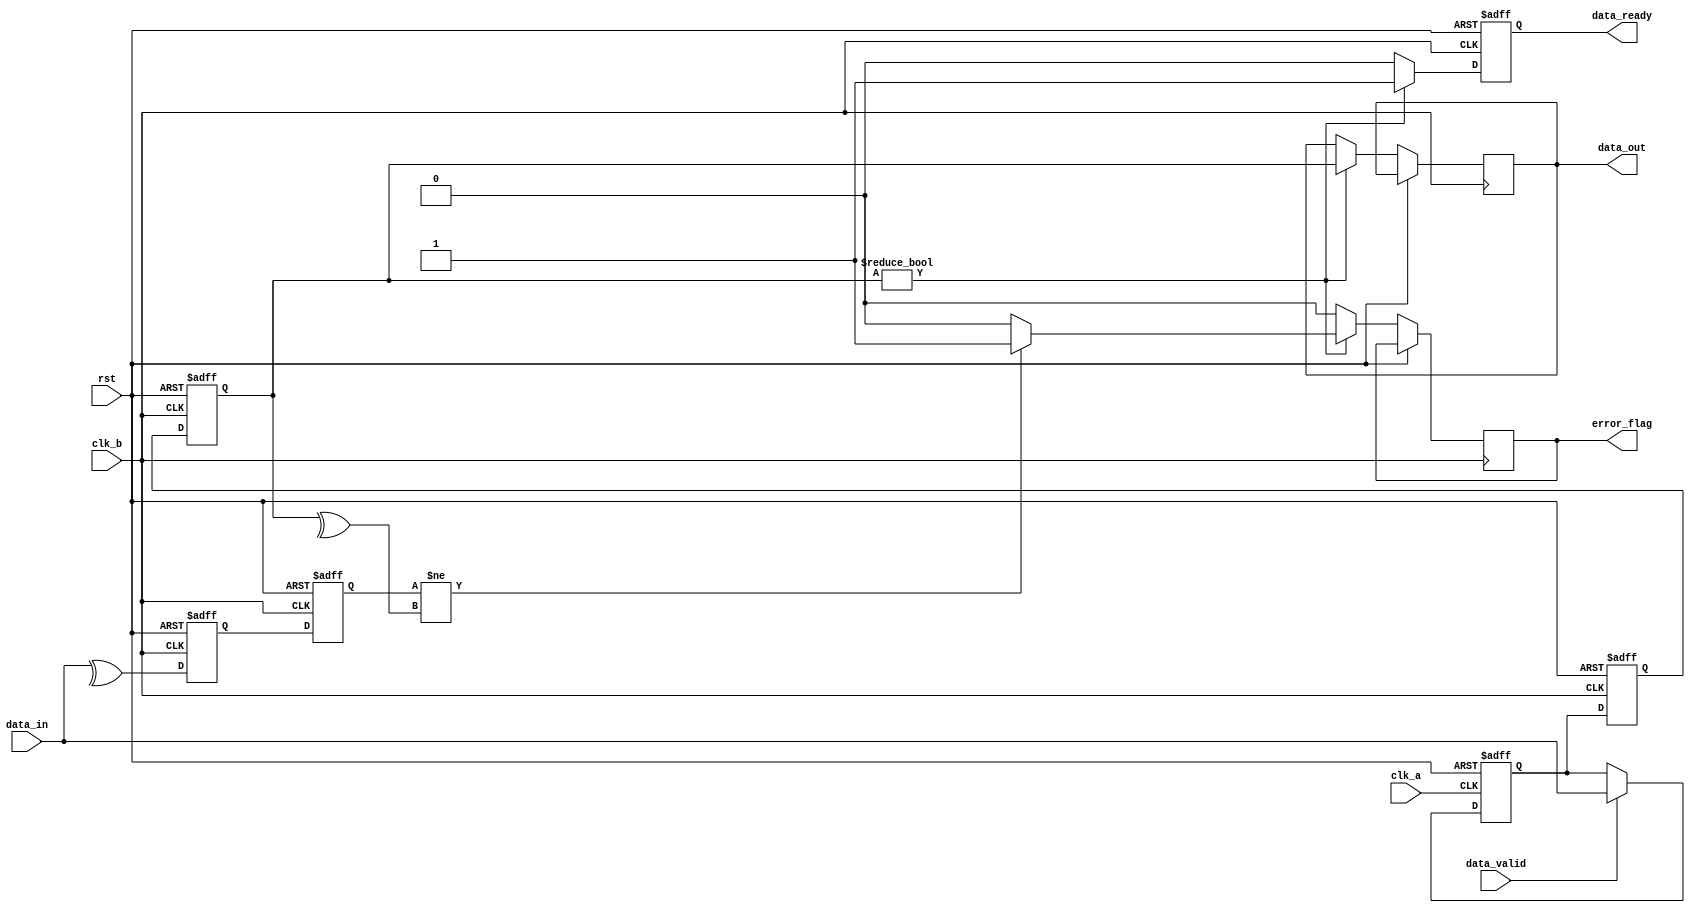
module cdc_with_error_detection #(
    parameter DATA_WIDTH = 8
)(
    input wire clk_a,           // Clock for Domain A
    input wire clk_b,           // Clock for Domain B
    input wire rst,             // Asynchronous reset
    input wire [DATA_WIDTH-1:0] data_in, // Data input from Domain A
    input wire data_valid,      // Data valid signal from Domain A

    output reg [DATA_WIDTH-1:0] data_out, // Data output to Domain B
    output reg error_flag,      // Error flag for detected errors
    output reg data_ready       // Data ready signal for Domain B
);

    // Internal signals
    reg [DATA_WIDTH-1:0] data_buffer;
    reg parity_bit;
    reg [DATA_WIDTH-1:0] sync_data_1, sync_data_2;
    reg sync_parity_1, sync_parity_2;

    // Generate parity bit for data_in
    always @(*) begin
        parity_bit = ^data_in; // XOR all bits for parity
    end

    // Buffer the incoming data from Domain A
    always @(posedge clk_a or posedge rst) begin
        if (rst) begin
            data_buffer <= 0;
        end else if (data_valid) begin
            data_buffer <= data_in;
        end
    end

    // Synchronization using two flip-flops
    always @(posedge clk_b or posedge rst) begin
        if (rst) begin
            sync_data_1 <= 0;
            sync_data_2 <= 0;
            sync_parity_1 <= 0;
            sync_parity_2 <= 0;
            data_ready <= 0;
        end else begin
            sync_data_1 <= data_buffer;
            sync_parity_1 <= parity_bit; // Get first parity
            sync_data_2 <= sync_data_1;  // Second stage
            sync_parity_2 <= sync_parity_1; // Second stage

            // Check for data readiness
            if (sync_data_2 != 0) begin // Assuming 0 is invalid data
                data_out <= sync_data_2;
                data_ready <= 1;
                // Check for errors
                if (sync_parity_2 != (^{sync_data_2})) begin
                    error_flag <= 1; // Error detected
                end else begin
                    error_flag <= 0; // No error
                end
            end else begin
                data_ready <= 0;
                error_flag <= 0; // Clear error flag if data is invalid
            end
        end
    end

endmodule